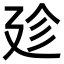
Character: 𢌝